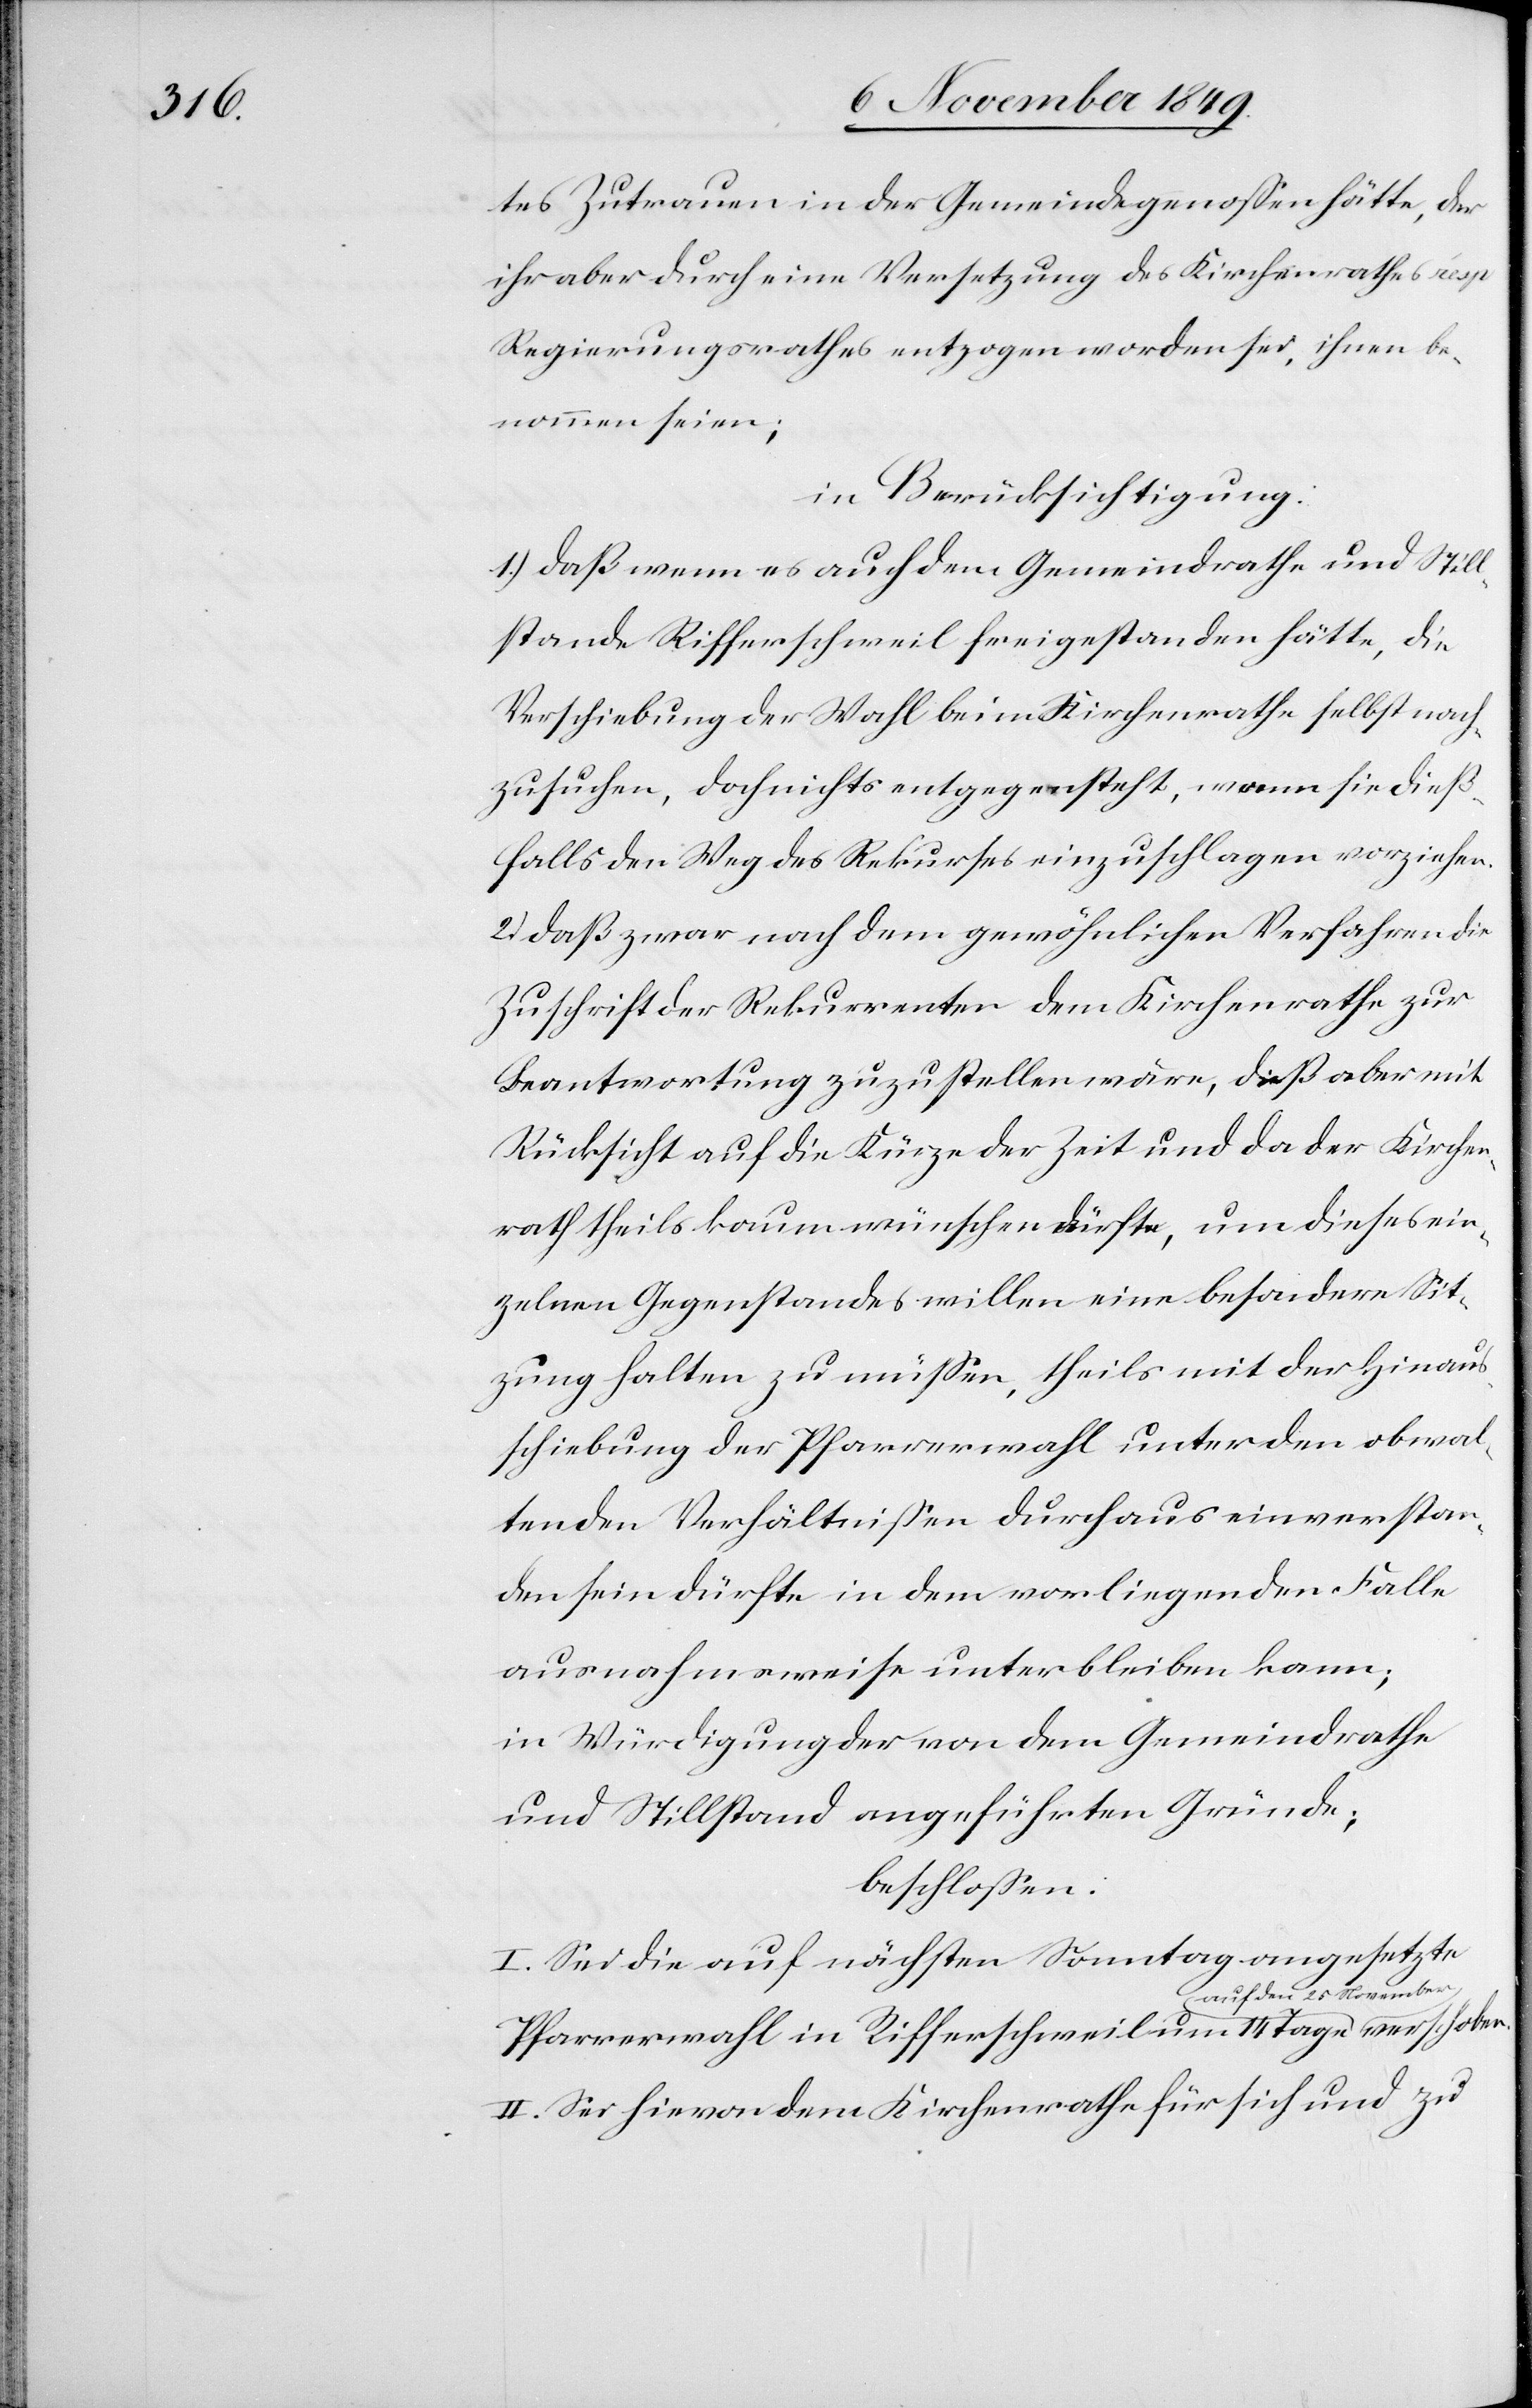
tes Zutrauen in der Gemeindegenoßen hätte, der
ihr aber durch eine Versetzung des Kirchenrathes resp.
Regierungsrathes entzogen worden sei, ihnen ge¬
nommen seien;
in Berücksichtigung:
1.) daß wenn es auch dem Gemeindrathe und Still¬
stande Rifferschweil freigestanden hätte, die
Verschiebung der Wahl beim Kirchenrathe selbst nach¬
zusuchen, doch nichts entgegensteht, wenn sie dieß¬
falls den Weg des Rekurses einzuschlagen vorziehen.
2.) daß zwar nach dem gewöhnlichen Verfahren die
Zuschrift der Rekurrenten dem Kirchenrathe zur
Beantwortung zuzustellen wäre, daß aber mit
Rücksicht auf die Kürze der Zeit und da der Kirchen¬
rath theils kaum wünschen dürfte, um dieses ein¬
zelnen Gegenstandes willen eine besondere Sit¬
zung halten zu müßen, theils mit der Hinaus¬
schiebung der Pfarrerwahl unter den obwal¬
tenden Verhältnißen durchaus einverstan¬
den sein dürfte in dem vorliegenden Falle
ausnahmsweise unterbleiben kann;
in Würdigung der von dem Gemeindrathe
und Stillstand angeführten Gründe;
beschloßen:
I. Sei die auf nächsten Sonntag angesetzte
Pfarrerwahl in Rifferschweil um 14 Tage auf den
II. Sei hievon dem Kirchenrathe für sich und zu